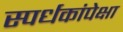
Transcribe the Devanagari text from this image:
स्पर्धकांपेक्षा